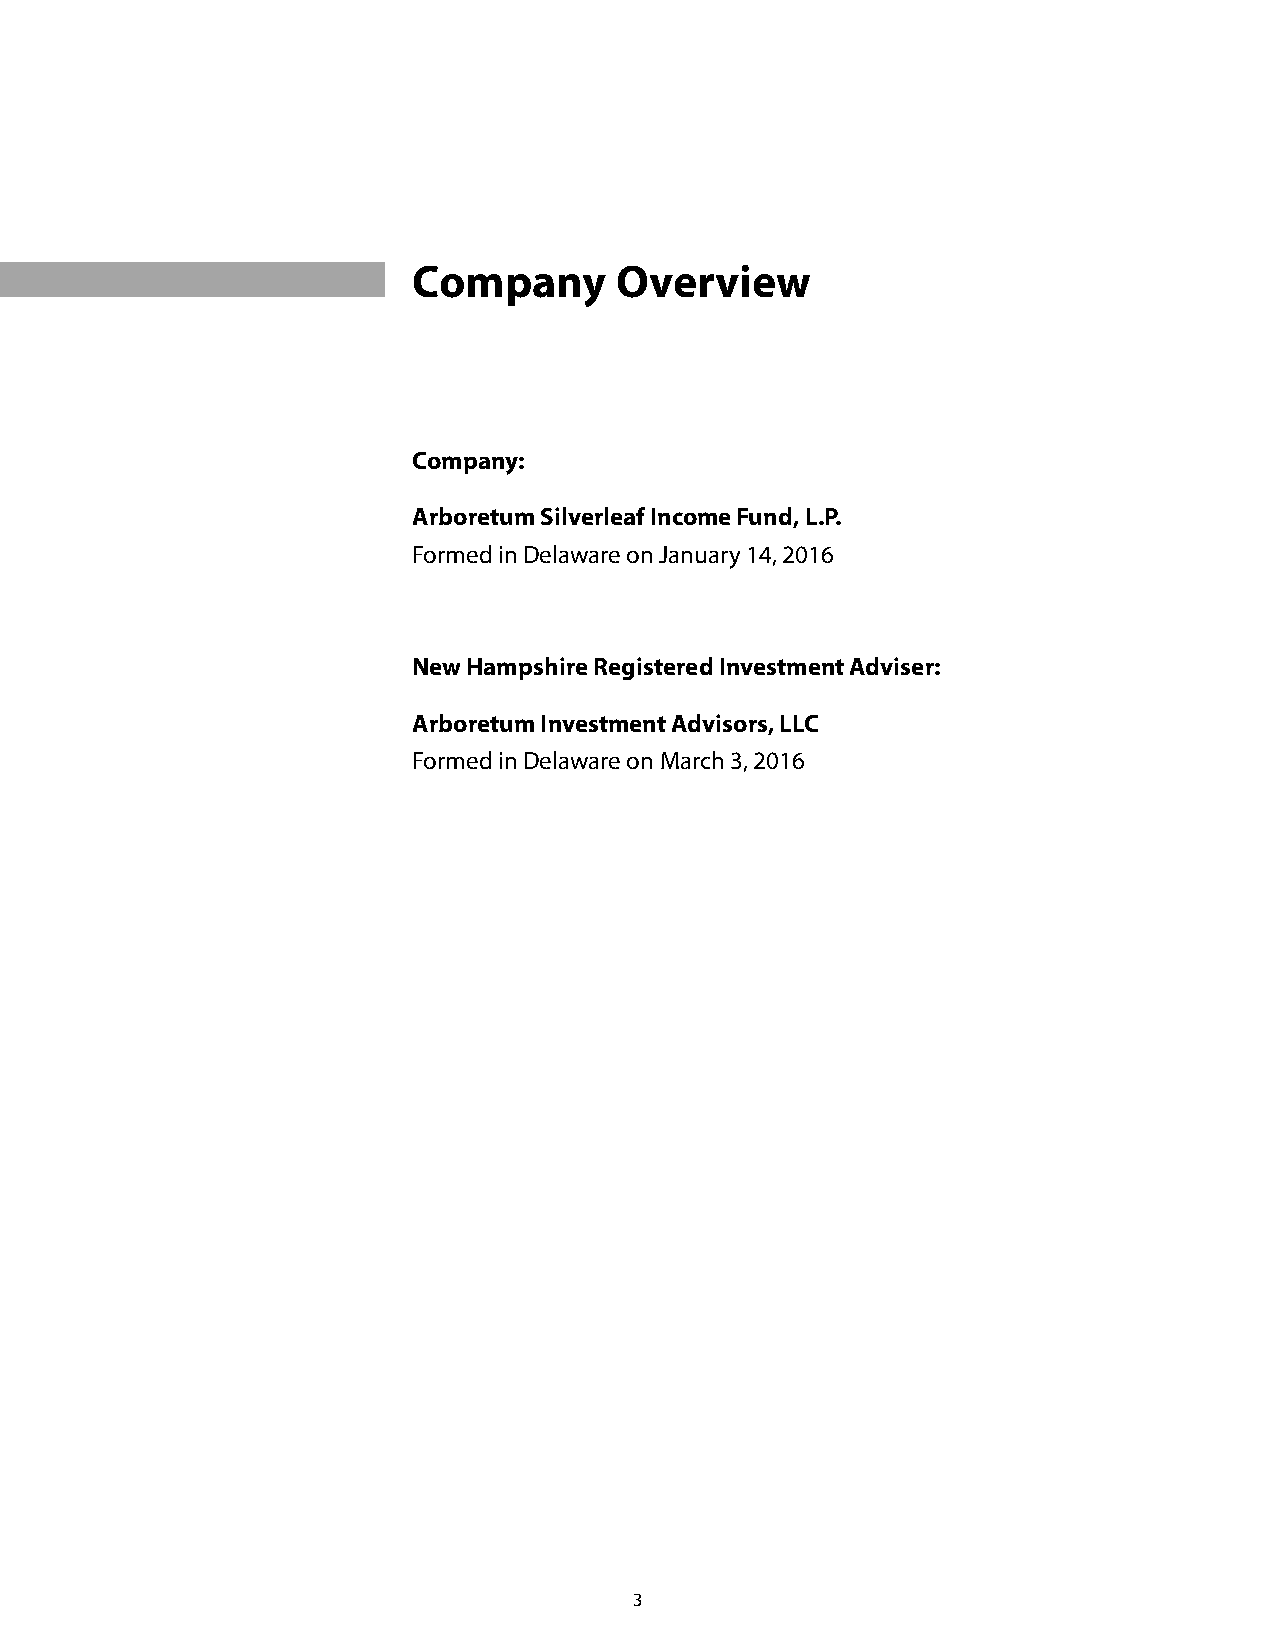
Company       Overview
 Company:
 Arboretum Silverleaf Income Fund, L.P.
 Formed in Delaware on January 14, 2016
 New Hampshire Registered Investment Adviser:
 Arboretum Investment Advisors, LLC
 Formed in Delaware on March 3, 2016
 3